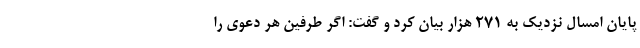
پایان امسال نزدیک به ۲۷۱ هزار بیان کرد و گفت: اگر طرفین هر دعوی را